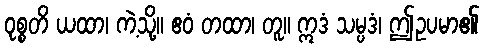
ဝုစ္စတိ ယထာ၊ ကဲ့သို့။ ဧဝံ တထာ၊ တူ။ ဣဒံ သမ္ပဒံ၊ ဤဥပမာ၏